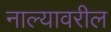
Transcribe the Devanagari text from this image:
नाल्यावरील